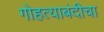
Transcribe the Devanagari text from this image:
गोहत्याबंदीचा